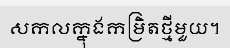
សកលក្នុងកម្រិតថ្មីមួយ។